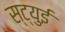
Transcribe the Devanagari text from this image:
स्ट्युई